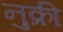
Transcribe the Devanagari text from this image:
नुक्री